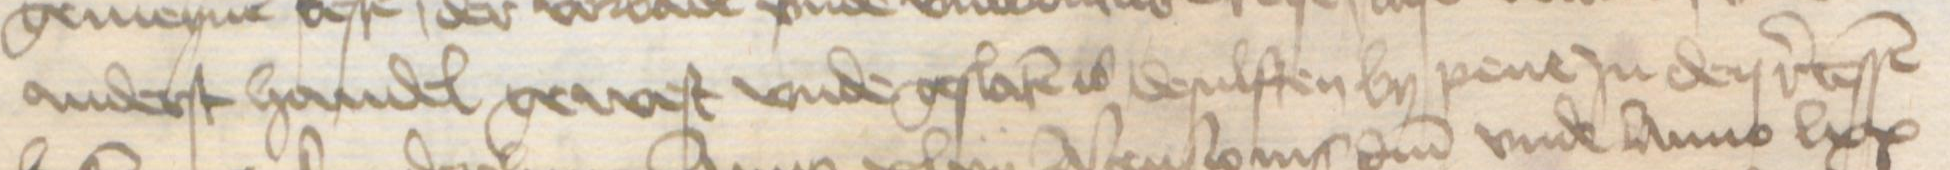
Transcription: anderst handel gewest vnde geslaten is desulften by pene Jn den recessen